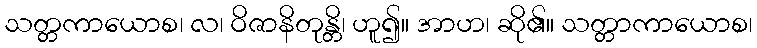
သတ္တကာယောစ၊ လ၊ ဝိဇာနိတုန္တိ၊ ဟူ၍။ အာဟ၊ ဆို၏။ သတ္တာကာယောစ၊